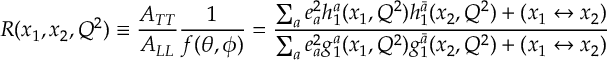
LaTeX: R ( x _ { 1 } , x _ { 2 } , Q ^ { 2 } ) \equiv \frac { A _ { T T } } { A _ { L L } } \frac { 1 } { f ( \theta , \phi ) } = \frac { \sum _ { a } e _ { a } ^ { 2 } h _ { 1 } ^ { a } ( x _ { 1 } , Q ^ { 2 } ) h _ { 1 } ^ { \bar { a } } ( x _ { 2 } , Q ^ { 2 } ) + ( x _ { 1 } \leftrightarrow x _ { 2 } ) } { \sum _ { a } e _ { a } ^ { 2 } g _ { 1 } ^ { a } ( x _ { 1 } , Q ^ { 2 } ) g _ { 1 } ^ { \bar { a } } ( x _ { 2 } , Q ^ { 2 } ) + ( x _ { 1 } \leftrightarrow x _ { 2 } ) }